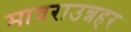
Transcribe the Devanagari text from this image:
मावराउन्नहर